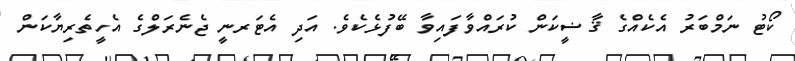
ކޯޓު ނަމްބަރު އެކެއްގެ ޤާޟީކަން ކުރައްވާފައިވާ ބޭފުޅެކެވެ. އަދި އެޓަރނީ ޖެނެރަލްގެ އެހީތެރިޔާކަން